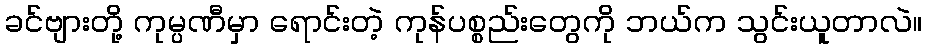
ခင်ဗျားတို့ ကုမ္ပဏီမှာ ရောင်းတဲ့ ကုန်ပစ္စည်းတွေကို ဘယ်က သွင်းယူတာလဲ။